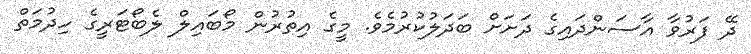
ދޭ ފަރުވާ އާސަންދައިގެ ދަށަށް ބަދަލުކުރުމެވެ. މީގެ އިތުރުން މޯބައިލް ލެބޯޓަރީގެ ހިދުމަތް